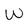
Character: W